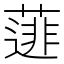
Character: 𮑋